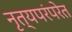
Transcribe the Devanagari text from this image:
नृत्यपरंपरेत